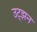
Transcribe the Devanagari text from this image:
उट्झन